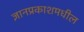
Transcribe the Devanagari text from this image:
ज्ञानप्रकाशमधील